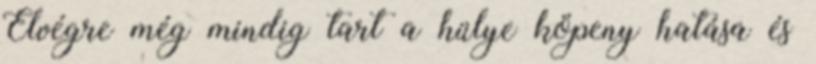
Elvégre még mindig tart a hülye köpeny hatása és